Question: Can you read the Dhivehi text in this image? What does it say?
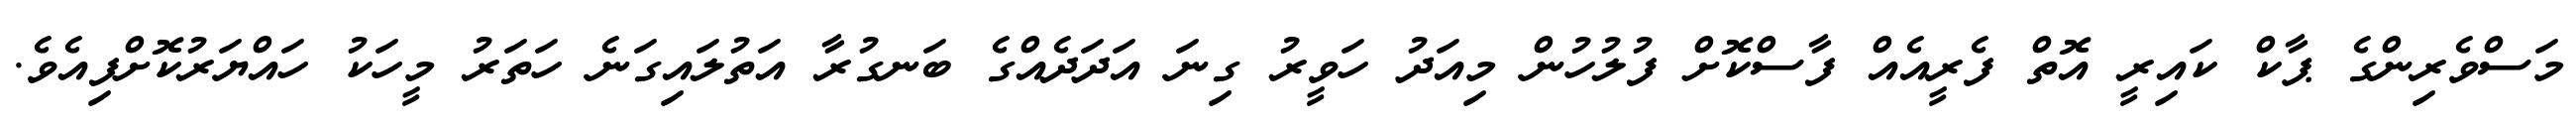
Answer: މަސްވެރިންގެ ޕާކް ކައިރީ އޮތް ފެރީއެއް ފާސްކޮށް ފުލުހުން މިއަދު ހަވީރު ގިނަ އަދަދެއްގެ ބަނގުރާ އަތުލައިގަނެ ހަތަރު މީހަކު ހައްޔަރުކޮށްފިއެވެ.